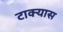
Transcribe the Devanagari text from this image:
टाक्यास